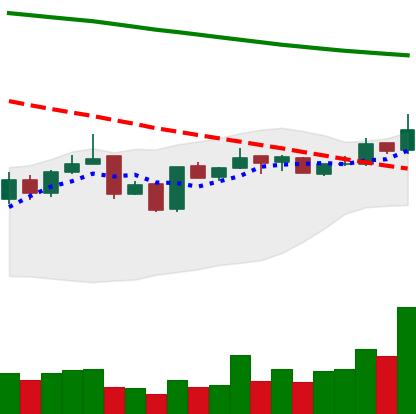
Ticker: BNB-USD
Chart end date: 2019-01-08
Forward return: -16.134%
Label: down_7plus